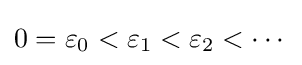
0=\varepsilon _{0}<\varepsilon _{1}<\varepsilon _{2}<\cdots